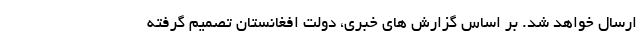
ارسال خواهد شد. بر اساس گزارش های خبری، دولت افغانستان تصمیم گرفته